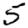
Digit: 5